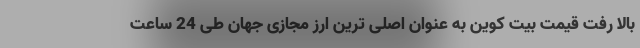
بالا رفت قیمت بیت کوین به عنوان اصلی ترین ارز مجازی جهان طی 24 ساعت